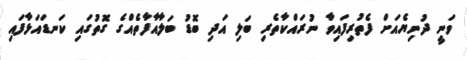
ވަނީ ދުނިޔެއަށް ފެތުރިފައިވާ ނުރައްކާތެރި ބަލި އަދި ބޮޑު ބަލާއާފާތެއްގެ ގޮތުގައި ކަނޑައަޅާފައި